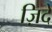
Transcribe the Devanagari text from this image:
ज़िदे